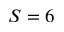
S = 6